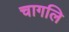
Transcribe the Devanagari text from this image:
चागलि